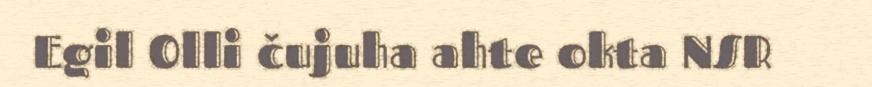
Egil Olli čujuha ahte okta NSR